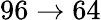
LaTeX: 96\to 64